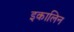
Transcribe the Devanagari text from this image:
इकालिन